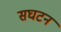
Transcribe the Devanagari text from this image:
सघटन